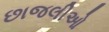
છાજલીઓ